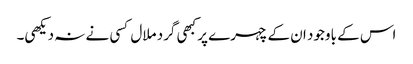
اس کے باوجود ان کے چہرے پر کبھی گرد ملال کسی نے نہ دیکھی۔